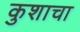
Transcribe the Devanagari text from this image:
कुशाचा